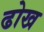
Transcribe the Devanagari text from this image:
ढोख